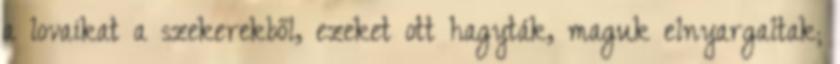
a lovaikat a szekerekből, ezeket ott hagyták, maguk elnyargaltak;